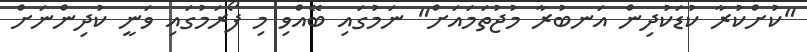
"ކުށްކުރާ ކުޑަކުދިން އަނބުރާ މުޖުތަމައަށް" ނަމުގައި ބޭއްވި މި ފޯރަމުގައި ވަނީ ކުދިންނަށް